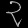
Digit: ၃